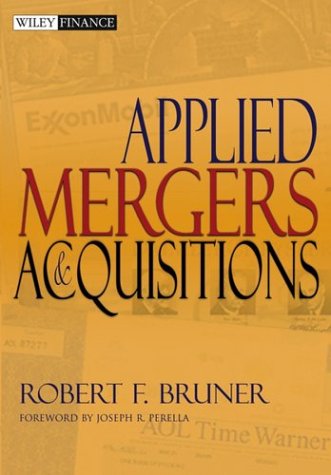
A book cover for Applied Mergers and Acquisitions; Robert F. Bruner; Business & Money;